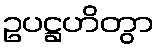
ဥပဋ္ဌဟိတွာ